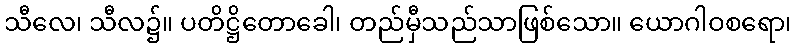
သီလေ၊ သီလ၌။ ပတိဋ္ဌိတောခေါ၊ တည်မှီသည်သာဖြစ်သော။ ယောဂါဝစရော၊